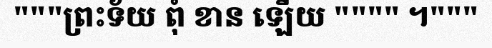
"""ព្រះទ័យ ពុំ ខាន ឡើយ """" ។"""